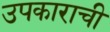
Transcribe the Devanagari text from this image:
उपकाराची